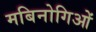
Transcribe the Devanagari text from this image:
मबिनोगिओं